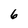
Character: 6